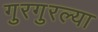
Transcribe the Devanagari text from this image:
गुरगुरल्या